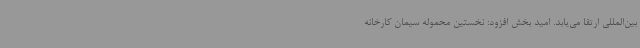
بین‌المللی ارتقا می‌یابد. امید بخش افزود: نخستین محموله سیمان کارخانه